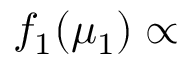
f _ { 1 } ( \mu _ { 1 } ) \propto